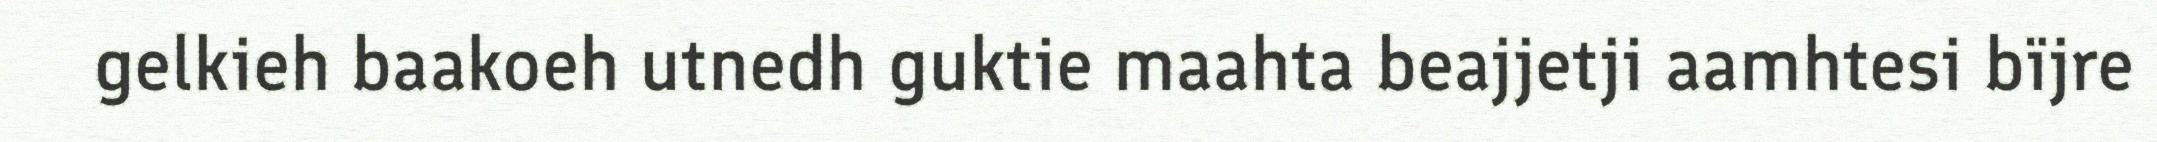
gelkieh baakoeh utnedh guktie maahta beajjetji aamhtesi bïjre